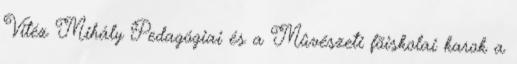
Vitéz Mihály Pedagógiai és a Mûvészeti fõiskolai karok a